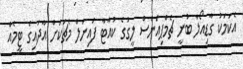
އެކަމަކު ގާޑިއޯލާ ބުނީ ޗެމްޕިއަންސް ލީގުގެ ކުއާޓާ ފައިނަލް މެޗަކަށް އާދައިގެ ޓީމެއް